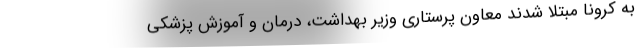
به کرونا مبتلا شدند معاون پرستاری وزیر بهداشت، درمان و آموزش پزشکی